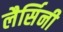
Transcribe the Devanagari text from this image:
लैर्सिनी